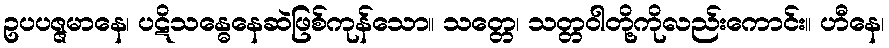
ဥပပဇ္ဇမာနေ၊ ပဋိသန္ဓေနေဆဲဖြစ်ကုန်သော။ သတ္တေ၊ သတ္တဝါတို့ကိုလည်းကောင်း။ ဟီနေ၊